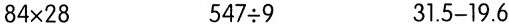
$$84 \times 28$$ $$547 \div 9$$ $$31.5 - 19.6$$